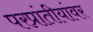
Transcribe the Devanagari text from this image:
परप्रांतीयांवर